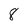
Character: 8